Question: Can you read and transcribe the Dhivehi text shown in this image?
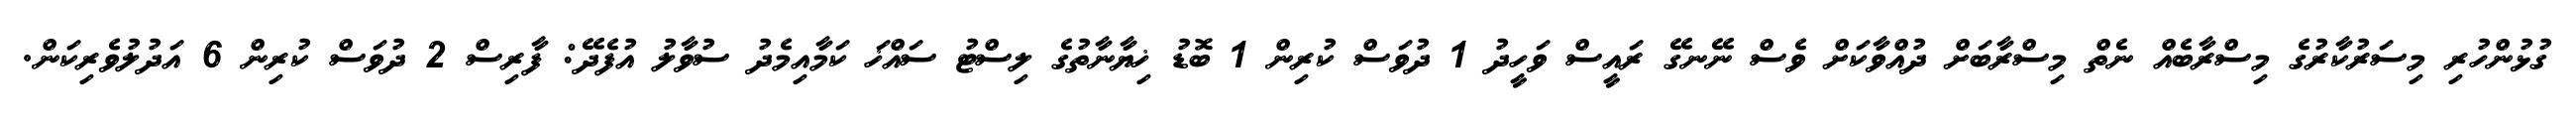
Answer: ގުޅުންހުރި މިސަރުކާރުގެ މިސްރާބެއް ނެތް މިސްރާބަށް ދުއްވާކަށް ވެސް ނޭނގޭ ރައީސް ވަހީދު 1 ދުވަސް ކުރިން 1 ބޮޑު ޚިޔާނާތުގެ ލިސްޓު ސައްޚަ ކަމާއިމެދު ސުވާލު އުފެދޭ: ފާރިސް 2 ދުވަސް ކުރިން 6 އަދުލުވެރިކަން.